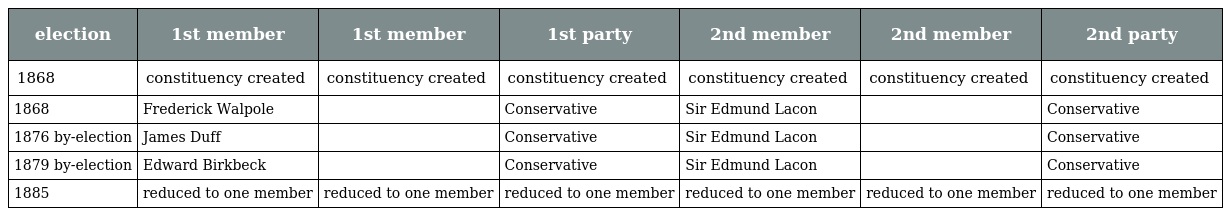
| election | 1st member | 1st member | 1st party | 2nd member | 2nd member | 2nd party |
 | --- | --- | --- | --- | --- | --- | --- |
 | 1868 | constituency created | constituency created | constituency created | constituency created | constituency created | constituency created |
 | 1868 | Frederick Walpole |  | Conservative | Sir Edmund Lacon |  | Conservative |
 | 1876 by-election | James Duff |  | Conservative | Sir Edmund Lacon |  | Conservative |
 | 1879 by-election | Edward Birkbeck |  | Conservative | Sir Edmund Lacon |  | Conservative |
 | 1885 | reduced to one member | reduced to one member | reduced to one member | reduced to one member | reduced to one member | reduced to one member |